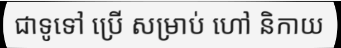
ជាទូទៅ ប្រើ សម្រាប់ ហៅ និកាយ